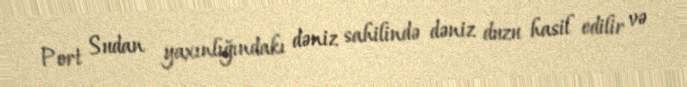
Port Sudan yaxınlığındakı dəniz sahilində dəniz duzu hasil edilir və